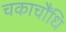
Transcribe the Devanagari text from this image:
चकाचौंधि